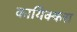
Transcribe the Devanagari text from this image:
कायिक्करा